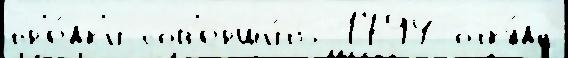
пр'е́дк'и сов'ерши́ть 1794 отку́да